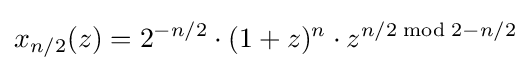
x_{n/2}(z)=2^{-n/2}\cdot (1+z)^{n}\cdot z^{n/2{\bmod {2}}-n/2}